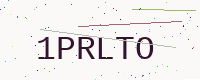
Text: 1PRLTO